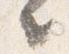
々